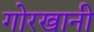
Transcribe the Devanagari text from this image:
गोरखानी